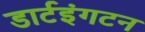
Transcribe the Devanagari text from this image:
डार्टइंगटन